Vital statistics of India. Vol. IV, Annual returns from 1871 to 1876. British Army of India, Native Army and jails of Bengal
Year: 1871
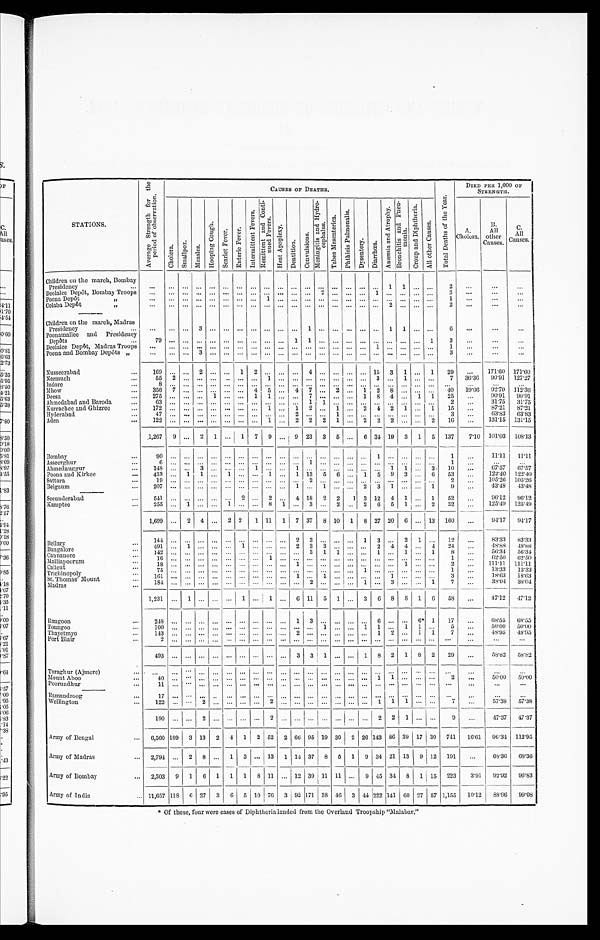
STATIONS.
A v e r a g e S t r e n g t h f o r t h e p e r i o d o f o b s e r v a t i o n .
CAUSES OF DEATHS.
T o t a l D e a t h s o f t h e Y e a r .
DIED PER 1,000 0OF
STRENGTH.
Ch o l e r a . S m a l l p o x .
M e a s l e s .
H o o p i n g C o u g h .
S c a r l e t F e v e r .
E n t e r i c F e v e r .
I n t e r m i t t e n t F e v e r s .
R e m i t t e n t a n d C o n t i n u e d F e v e r s .
H e a t A p o p l e x y .
D e n t i t i o n .
C o n v u l s i o n s .
M e n i n g i t i s a n d H y d r o c e p h a l u s .
T a b e s M e s e n t e r i c a .
P h t h i s i s P u l m o n a l i s .
Dy s e n t e r y .
D i a r r h œ a .
A n æ m i a a n d A t r o p h y .
B r o n c h i t i s a n d P n e u m o n i a .
C r o u p a n d D i p h t h e r i a .
A l l o t h e r C a u s e s .
A.
Cholera.
B .
All
other
Causes.
C. Al l
Causes.
Children on the march, Bombay
Presidency
. . .
...
. . .
. . . ... ...
. . . ... ... ...
. . . ...
. . .
... ...
. . .
... 1 1 ... ...
2 ...
...
...
Deo lalee Depôt, Bombay Troops
...
... ... ... ... ... ... ... ...
... ... ... 2 ... ... ... 1 ... ... ... ...
3
...
. . .
...
Poona Depôt ,,
. . . ...
. . .
. . . ... ...
. . . ... 1 ...
. . . ...
. . .
... ...
. . .
....
... ... ... ...
1
...
. . .
. . .
Colaba Depôt ,,
. . . ...
. . .
. . . ... ...
. . . ... ... ...
. . . ...
. . .
... ...
. . .
... 2 ... ... ...
2
...
. . .
. . .
Children on the march, Madras
Presidency
...
...
. . .
3 ... ...
. . . ... ... ...
. . . 1
. . .
... ...
. . .
... 1 1 ... ...
6
...
. . .
. . .
Poonamallee and
Presidency
Depôts
7 9 ...
. . .
. . . ... ...
. . . ... ... ...
1 1
. . .
... ...
. . .
... ... ... ... 1
3
...
. . .
. . .
Deolalee Depôt, Madras Troops
...
...
. . .
. . . ... ...
. . . ... ... ...
. . . ...
. . .
... ...
. . .
1 ... ... ... ...
1
...
...
...
Poona and Bombay Depôts ,,
...
...
. . .
3 ... ...
. . . ... ... ...
. . . ...
. . .
... ...
. . .
... ... ... ... ...
3
. . .
. . .
. . .
Nusseerabad
1 6 9 ...
. . .
2 ... ...
1 2 ... ...
. . . 4
. . .
... ...
. . .
15 3 1 ... 1
29
...
171.60 171.60
Neemuch
5 5 2
. . .
. . . ... ...
. . . ... 1 ...
. . . ...
... ... ...
... 3 ... 1 ... ...
7
36.36
90.91 127.27
Indore
8 ...
. . .
. . . ... ...
. . . ... ... ...
. . . ... . . . ... ... . . . ... ... ... ... ... ...
. . .
. . .
. . .
Mhow
356 7 ... ... ... ... ... 4 5 ... 4 7 ... 2 ... 1 2 8 ... ... ...
40
19.66 92.70 112.36
Deesa
275 ... ... ...
1 ...
. . . 1 1 ... ... 7 ... ... ... 1 8 4 ... 1 1
25
...
90.91
90.91
Ahmedabad and Baroda
6 3
...
. . .
. . .
. . .
... ... ... ... ... ...
1
1 ... ...
. . .
... ... ... ... ...
2 ...
31.75
31.75
Kurrachee and Ghizree
172 ... ... ... ... ... ... ... 1 ... 1 2 ... 1 ... 2 4 2 1 ... 1
15
...
87.21
87.21
Hyderabad
4 7
...
. . .
. . .
... ...
. . . ... ... ...
2 ...
. . . 1 ...
. . .
... ... ... ... ...
3
...
63.83
63.83
Aden
1 2 2
...
. . .
. . .
... ...
. . .
... 1 ...
2 2
2 1 ...
2 2 2 ... ... 2
16
...
131.15 131.15
1,267 9 ... 2 1 ... 1 7 9 ... 9 23 3 5 ...
6 34 19 3 1 5 137
7.10 101.03 108.13
Bombay
9 0
...
. . .
. . .
. . .
...
. . . ... ... ...
. . .
...
. . . ... ...
. . .
1 ... ... ... ...
1
...
11.11
11.11
Asseerghur
6 ...
. . .
. . .
. . .
...
. . . ... ... ...
. . .
1
. . . ... ...
. . .
... ... ... ... ...
1
...
...
. . .
Ahmednuggur
1 4 8
...
. . .
3
. . .
...
. . . 1 ... ...
1 ...
. . . ... ...
. . .
... 1 1 ... 3
1 0 ...
67.57
67.57
Poona and K
irkee
433 ... 1
1 ...
1
. . . ... 1 ... 1 13 5 6 ... 1 5 9 3 ... 6
53
...
122.40
122.40
Sattara
1 9
...
. . .
. . .
...
. . .
. . .
... ... ...
. . .
2
. . . ... ...
. . .
... ... ... ... ...
2 ...
105.26 105.26
Belgaum
2 0 7
...
. . .
. . .
...
. . .
. . .
... ... ...
1 ...
1 ... ...
2 3 1 ... ... 1
9
...
43.48
43.48
Secunderabad
541 ... ... ... ... ... 2 ... 2 ... 4 18 2 2
1 3 12 4 1 ... 1
52
...
96.12
96.12
Kamptee
255 ...
1 ... ... 1 ... ... 8 1 ... 3 ... 2 ... 2 6 5 1 ... 2
32
...
1 2 5 . 4 9
125.49
1,699 ... 2 4 ...
2 2
1 11 1
7 37 8 10 1 8 27 20 6 ... 13 160
...
94.17
94.17
Bellary
1 4 4
...
. . .
. . .
...
. . .
. . . ... ... ...
2 3
. . . ... ...
1 3 ...
2 1 ...
1 2 ...
83.33
83.33
Bangalore
491 ... 1 ... ... ... 1 ... ... ... 2 3 3 ... ... ... 2 4 4 ... 4
24
. . .
48.88
48.88
Cannanore
1 4 2
...
. . .
. . .
... ...
. . .
... ... ...
. . . 3
1 1 ...
. . .
1 ... 1 ... 1
8
. . .
56.34
56.34
Malliapoorum
1 6
...
. . .
. . .
... ...
. . .
... 1 ...
. . . ...
. . . ... ...
. . .
... ... ... ... ...
1
...
62.50
62.50
Calient
1 8
...
. . .
. . .
... ...
. . .
... ... ...
1 ...
. . . ... ...
. . .
... ... 1 ... ...
2
. . .
111.11 111.11
Trichinopoly
75 ...
. . .
. . .
... ...
. . .
... ... ...
. . . ...
. . . ... ...
1 ... ... ... ... ...
1
...
13.33
13.33
St. Thomas Mount
1 6 1
...
. . .
. . .
... ...
. . .
... ... ...
1 ...
1 ... ...
. . .
... 1 ... ... ...
3
. . .
18.63
18.63
Madras
1 8 4
...
. . .
. . .
... ...
. . .
... ... ...
. . . 2
. . . ... ... 1 ... 3 ... ... 1
7
. . .
38.04
38.04
1,231
...
1
. . . ... ...
1 ... 1 ... 6 11 5 1 ...
3
6 8 8 1 6
58
...
47.12
47.12
Rangoon
248 ... ... ... ... ... ... ... ... ... 1 3 ... ... ... ... 6 ... ... 6* 1
17
...
68.55
68.55
Toungoo
1 0 0
...
. . .
. . .
... ...
. . .
... .. ...
. . . ...
1 ... ...
1 1 ... 1 1 ...
5
...
50.00
50.00
Thayetmyo
1 4 3
...
. . .
. . .
... ...
. . .
... ... ...
2 ...
. . . ... ...
. . .
1 2 ... 1 1
7
. . .
48.95
48.95
Port Blair
2 ...
. . .
. . .
... ...
. . .
... ... ...
. . . ...
. . . ... ...
. . .
... ... ... ... ...
. . . ...
...
...
493 ...
. . .
. . . ... ...
. . . ... ... ...
3 3 1 ... ... 1 8 2 1 8 2
29
...
58.82
58.82
Taraghur (Ajmere)
...
...
. . .
. . . ... ...
. . . ... ... ...
. . . ...
. . . ... ...
. . . ... ... ... ... ... ...
. . .
. . . . . .
Mount Aboo
4 0
...
. . .
. . .
... ...
. . .
... ... ...
. . .
...
. . . ... ...
. . .
1 1 ... ... ...
2 ...
50.00
50.00
Poorundhur
1 1
...
. . .
. . .
... ...
. . .
... ... ...
. . .
...
. . . ... ...
. . .
... ... ... ... ... ...
...
...
...
Ramandroog
17 ...
. . .
. . .
... ...
. . .
... ... ...
. . .
...
. . . ... ...
. . .
... ... ... ... ...
. . . ...
...
...
Wellington
1 2 2
...
. . .
2 ... ...
. . .
... 2 ...
. . .
...
. . . ... ...
. . .
1 1 1 ... ...
7
...
57.38
57.38
190 ... ... 2 ... ...
. . . ... 2 ...
. . .
...
. . . ... ...
. . .
2 2 1 ... ...
9
...
47.37 47.37
Army of Bengal
6,560 109 3 13 2 4
1 2
52 2 66 95 19 30 2 26 143 86 39 17 30 741
16.61 96.34 112.95
Army of Madras
2,794 ... 2 8 ... 1 3 ... 13 1
1 4 37 8 5 1 9 34 21 13 9 12 191
...
68.36 68.36
Army of Bombay
2,303 9 1 6 1 1 1 8 11 ... 12 39 11 11 ... 9 45 34 8
1 15 223
3.91
92.92
96.83
Army of India
11,657 118 6 27 3 6 5 10 76 3 92 171 38 46 3 44 222 141 60 27 57 1,155
10.12
8 8 . 9 6
99.08
* Of these, four were cases of Diphtheria landed from the Overland Troopship "Malabar."